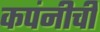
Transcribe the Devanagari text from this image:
कपंनीची